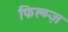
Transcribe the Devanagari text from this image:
फिल्म्ज़